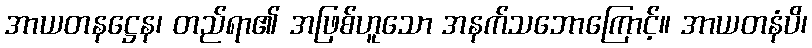
အာယတနဋ္ဌေန၊ တည်ရာ၏ အဖြစ်ဟူသော အနက်သဘောကြောင့်။ အာယတနံပိ၊